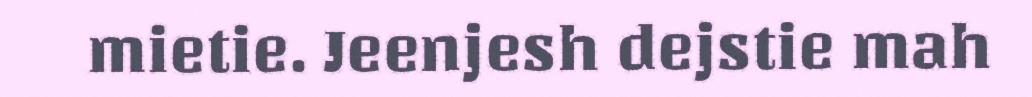
mietie. Jeenjesh dejstie mah